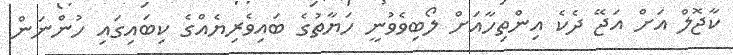
ކާޖޮލް އަށް އަޖޭ ދެކެ އިންތިހާއަށް ލޯބިވެވުނީ ހަޔާތުގެ ބައިވެރިޔެއްގެ ކިބައިގައި ހުންނަން